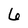
Character: 6